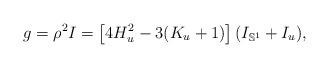
LaTeX: \begin{align*}g=\rho^2I=\left[4H_u^2-3(K_u+1)\right](I_{\mathbb{S}^1}+I_u),\end{align*}